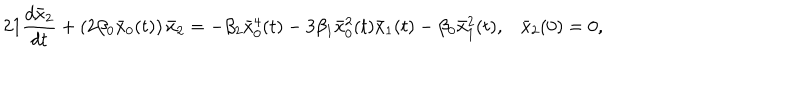
2 1 \frac { d \bar { x } _ { 2 } } { d t } + \left( 2 \beta _ { 0 } \bar { x } _ { 0 } ( t ) \right) \bar { x } _ { 2 } = - \beta _ { 2 } \bar { x } _ { 0 } ^ { 4 } ( t ) - 3 \beta _ { 1 } \bar { x } _ { 0 } ^ { 2 } ( t ) \bar { x } _ { 1 } ( t ) - \beta _ { 0 } \bar { x } _ { 1 } ^ { 2 } ( t ) , \bar { x } _ { 2 } ( 0 ) = 0 ,